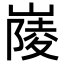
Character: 𡺿